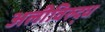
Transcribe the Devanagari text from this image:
अलीविरुद्ध